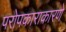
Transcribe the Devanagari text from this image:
परोपकाराकारणे